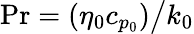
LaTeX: \mathrm{Pr}=\left({\eta_{0}c_{p_{0}}}\right)\big/k_{0}